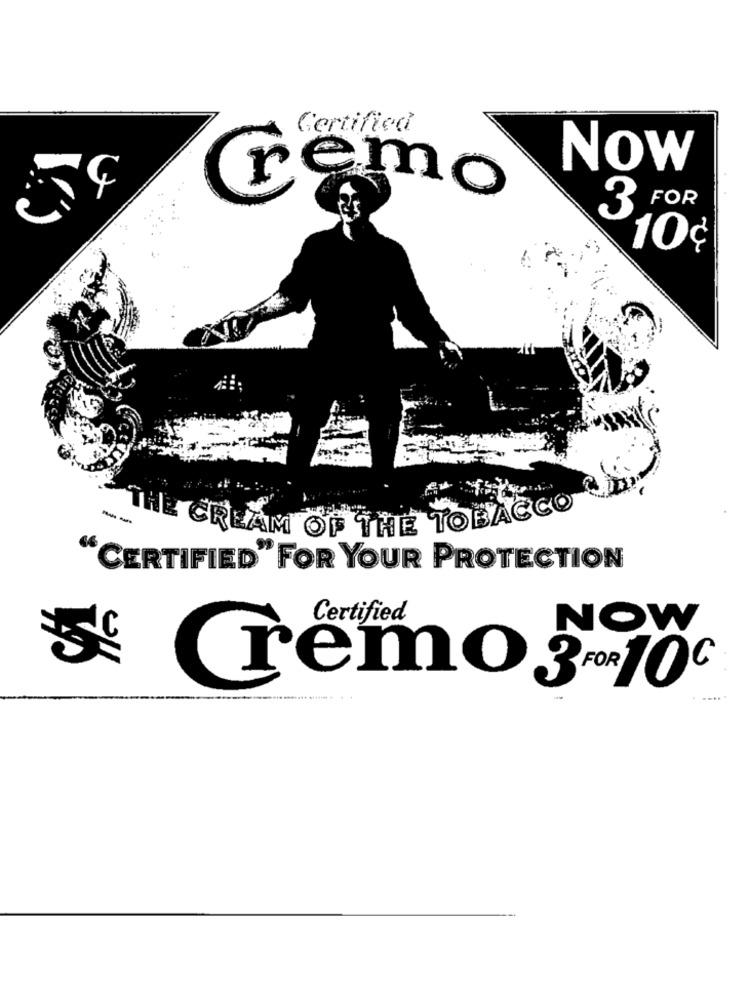
Certified
Now
remo
3 FOR
10¢
--
THE CREAM OF THE TOBACCO
"CERTIFIED" FOR YOUR PROTECTION
Certified
NOW
remo3FOR10℃